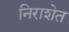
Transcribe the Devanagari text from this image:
निराशेत